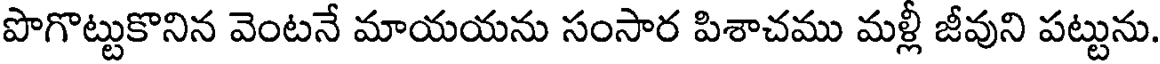
పొగొట్టుకొనిన వెంటనే మాయయను సంసార పిశాచము మళ్లీ జీవుని పట్టును